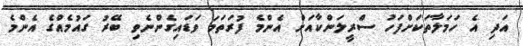
އަދި އެ ހަމަލާތަކަށްފަހު ސްރީލަންކާއަށް އެންމެ ފުރަތަމަ ވަޑައިގެންނެވި ބޭރު ގައުމެއްގެ އެންމެ